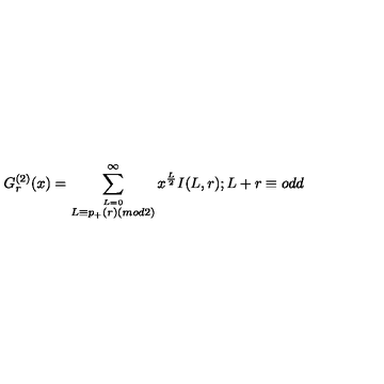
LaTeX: G _ { r } ^ { ( 2 ) } ( x ) = \sum _ { \stackrel { L = 0 } { L \equiv p _ { + } ( r ) ( m o d 2 ) } } ^ { \infty } x ^ { \frac { L } { 2 } } I ( L , r ) ; L + r \equiv o d d